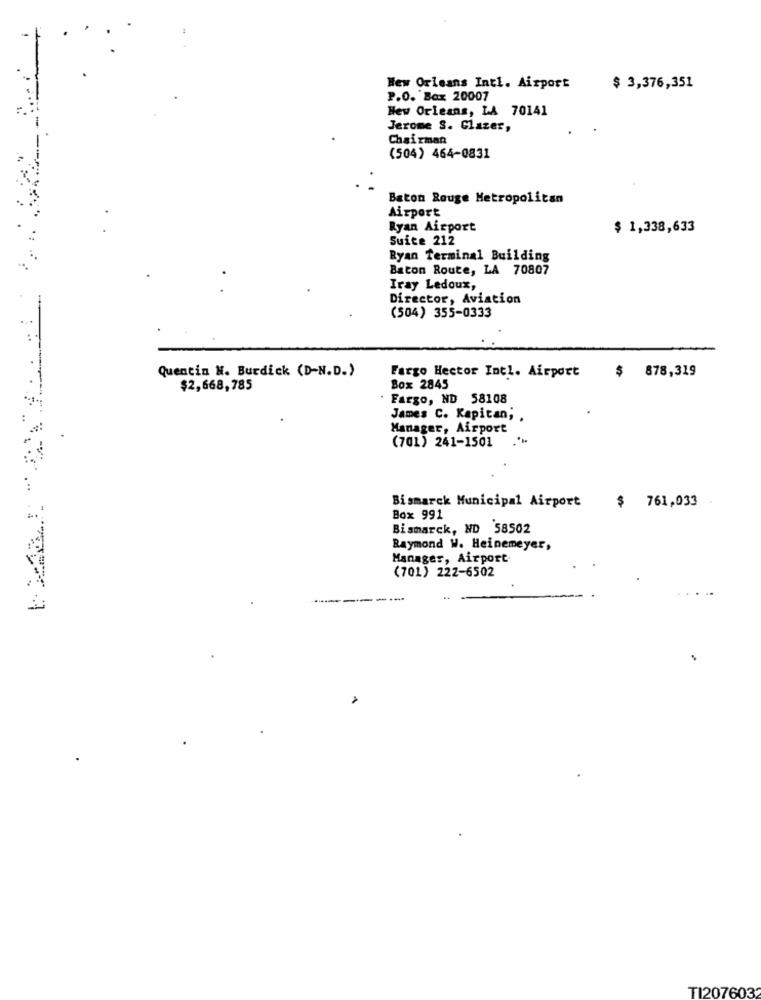
New Orleans Intl. Airport
$ 3,376,351
P.O. Box 20007
New Orleans, LA 70141
Jerome S. Glazer,
Chairman
(504) 464-0831
Baton Rouge Metropolitan
Airport
Ryan Airport
$ 1,338,633
Suite 212
Ryan Terminal Building
Baton Route, LA 70807
Iray Ledoux,
Director, Aviation
(504) 355-0333
Quentin N. Burdick (D-N.D.)
Fargo Hector Intl. Airport
$ 878,319
$2,668,785
Box 2845
Fargo, ND 58108
James C. Kapitan; .
Manager, Airport
(701) 241-1501
Bismarck Municipal Airport
$ 761,033
Box 991
Bismarck, ND 58502
Raymond W. Heinemeyer,
Manager, Airport
(701) 222-6502
TI207603